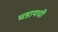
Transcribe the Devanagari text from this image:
घडायची